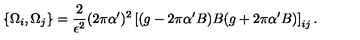
\{ \Omega _ { i } , \Omega _ { j } \} = \frac { 2 } { \epsilon ^ { 2 } } ( 2 \pi \alpha ^ { \prime } ) ^ { 2 } \left[ ( g - 2 \pi \alpha ^ { \prime } B ) B ( g + 2 \pi \alpha ^ { \prime } B ) \right] _ { i j } .